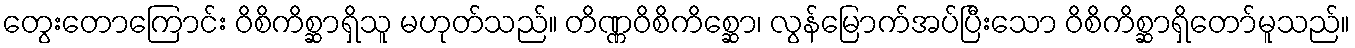
တွေးတောကြောင်း ဝိစိကိစ္ဆာရှိသူ မဟုတ်သည်။ တိဏ္ဏဝိစိကိစ္ဆော၊ လွန်မြောက်အပ်ပြီးသော ဝိစိကိစ္ဆာရှိတော်မူသည်။